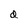
Character: d